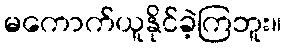
မကောက်ယူနိုင်ခဲ့ကြဘူး။